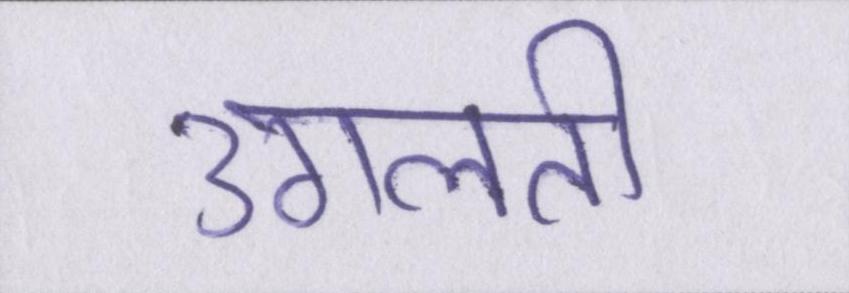
उगलती